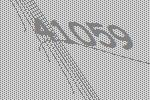
41059